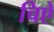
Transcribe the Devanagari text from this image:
चिऐ